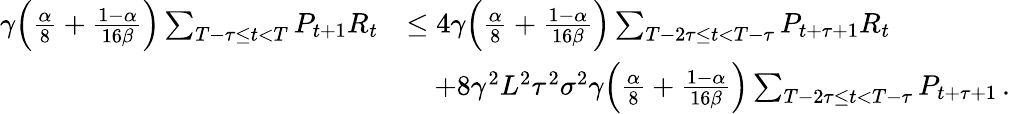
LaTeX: \begin{array}{rl}{\gamma\Big(\frac{\alpha}{8}+\frac{1-\alpha}{16\beta}\Big)\sum_{T-\tau\leq t<T}P_{t+1}R_{t}}&{\leq 4\gamma\Big(\frac{\alpha}{8}+\frac{1-\alpha}{16\beta}\Big)\sum_{T-2\tau\leq t<T-\tau}P_{t+\tau+1}R_{t}}\\ &{\quad+8\gamma^{2}L^{2}\tau^{2}\sigma^{2}\gamma\Big(\frac{\alpha}{8}+\frac{1-\alpha}{16\beta}\Big)\sum_{T-2\tau\leq t<T-\tau}P_{t+\tau+1}\, .}\end{array}